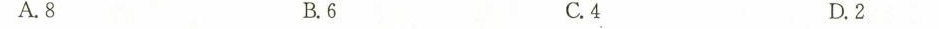
A.8 B.6 .4 D.2